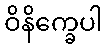
ဝိနိက္ခေပါ